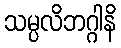
သမ္ပလိဘဂ္ဂါနိ